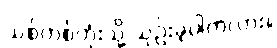
သစ်တစ်တုံးသို့ သုဉ်းခဲ့ပါကလား။